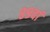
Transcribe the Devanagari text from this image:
८९वां